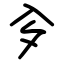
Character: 㒱